Document type: Endowment
Year: 1330
Scribe: Arnau [Delpàs]
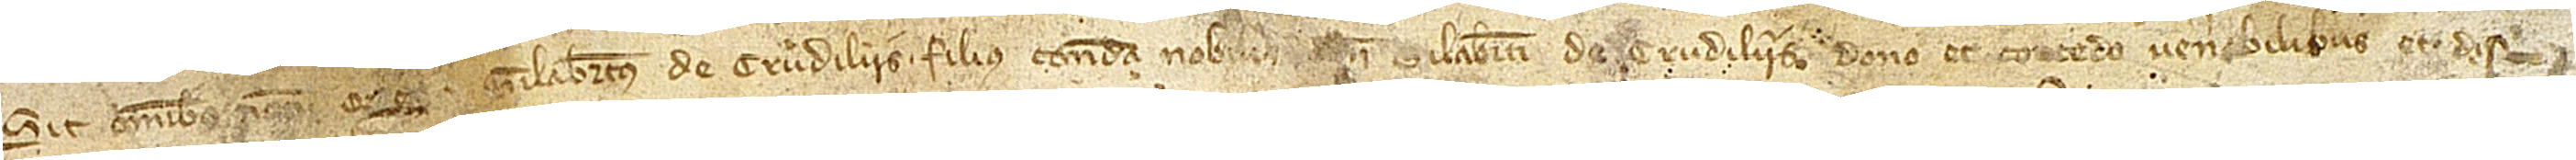
Sit omnibus [notum quod ego] Guilabertus de Crudiliis, filius condam nobilis [domin]i Gilaberti de Crudiliis, dono et concedo venerabilibus et dis-